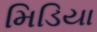
મિડિયા